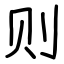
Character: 则